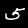
Label: 5